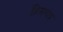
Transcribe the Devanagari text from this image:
हिमगंध